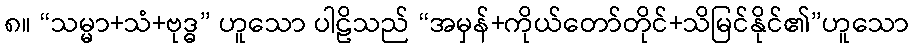
၈။ “သမ္မာ+သံ+ဗုဒ္ဓ” ဟူသော ပါဠိသည် “အမှန်+ကိုယ်တော်တိုင်+သိမြင်နိုင်၏”ဟူသော